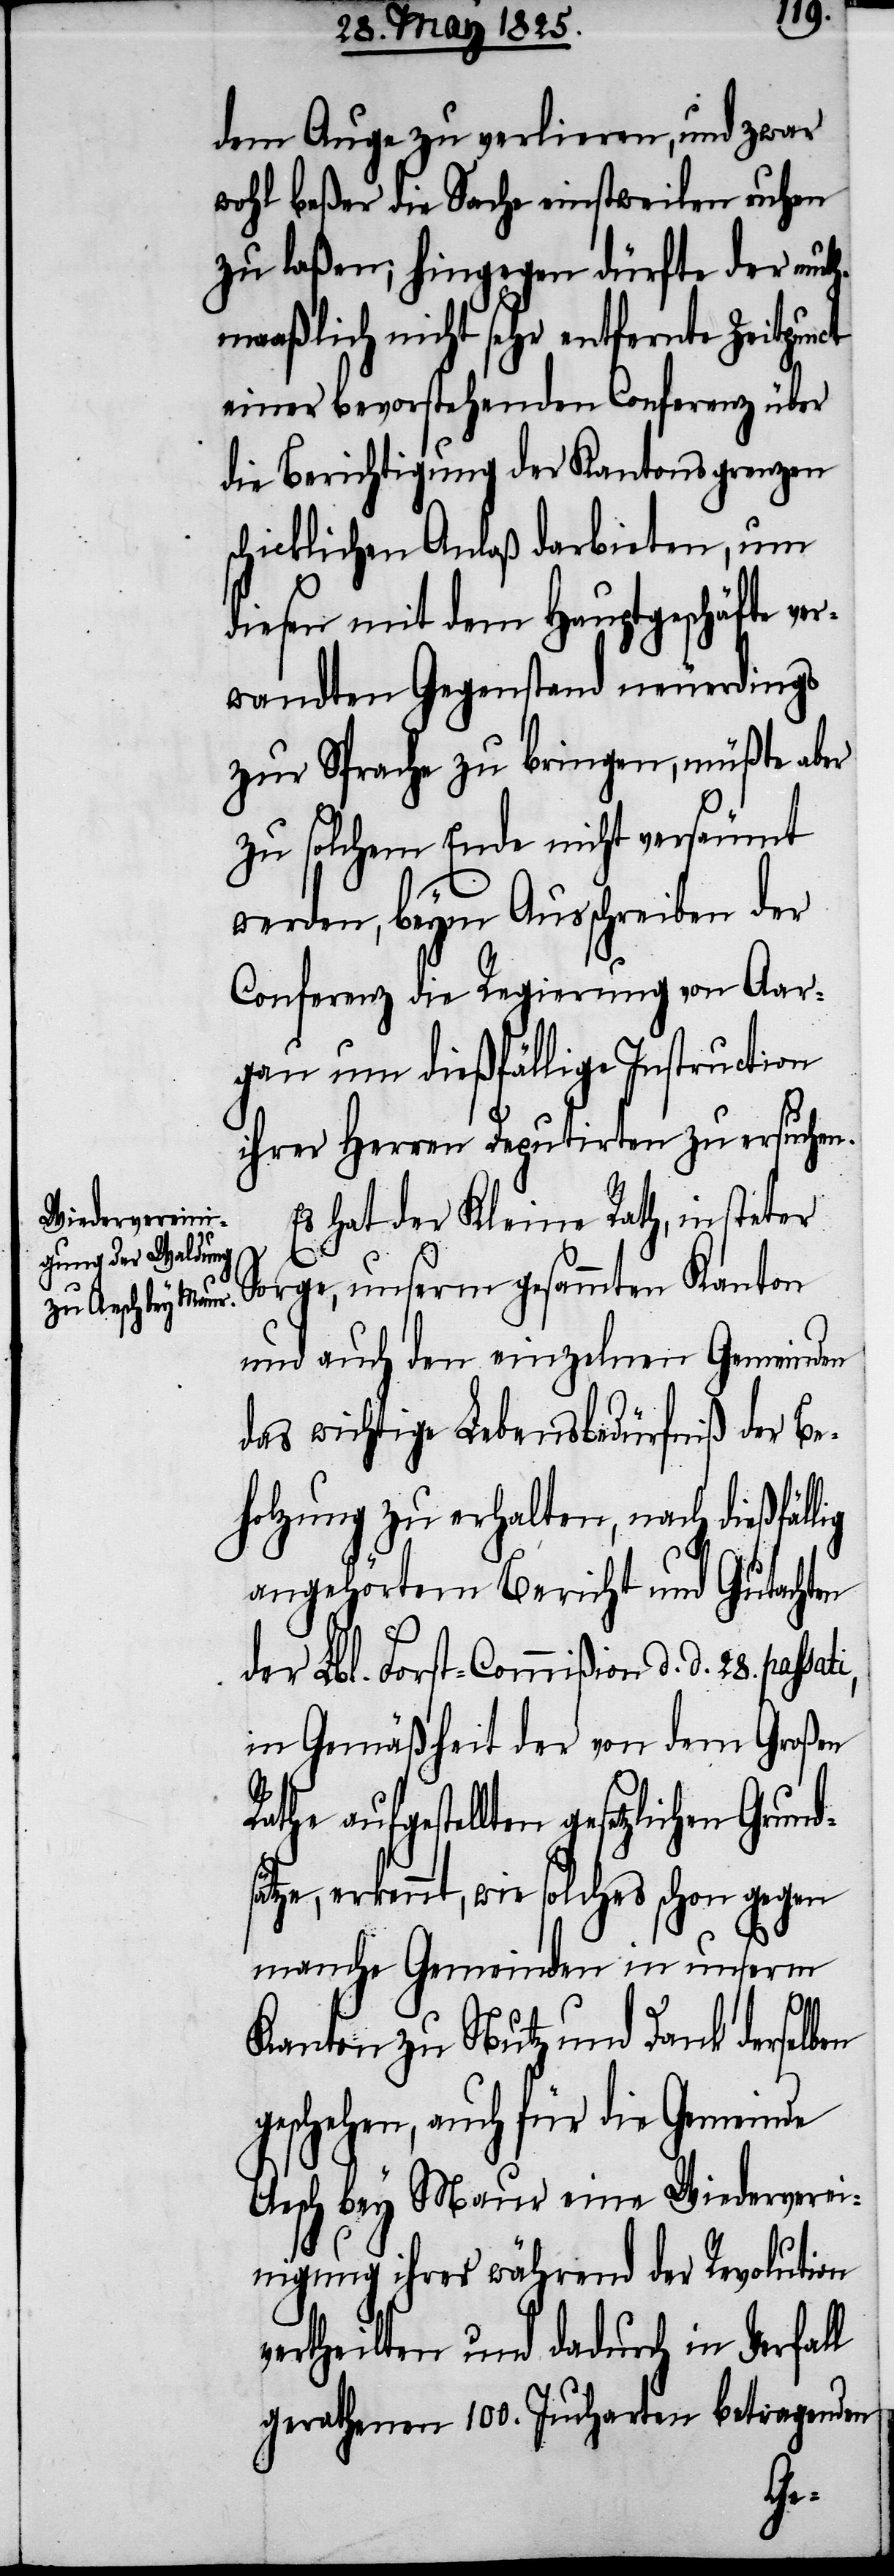
dem Auge zu verlieren, und zwar
wohl beßer die Sache einstweilen ruhen
zu laßen; hingegen dürfte der muth¬
maaßlich nicht sehr entfernte Zeitpunct
einer bevorstehenden Conferenz über
die Berichtigung der Kantonsgrenzen
schicklichen Anlaß darbieten, um
diesen mit dem Hauptgeschäfte
wandten Gegenstand neuerdings
zur Sprache zu bringen, müßte aber
zu solchem Ende nicht versäumt
werden, beym Ausschreiben der
Conferenz die Regierung von Aar¬
gau um dießfällige Instruction
ihrer Herren Deputirten zu ersuchen.
Es hat der Kleine Rath, in steter
Sorge, unserm gesammten Kanton
und auch den einzelnen Gemeinden
das wichtige Lebensbedürfniß der Be¬
holzung zu erhalten, nach dießfalls
angehörtem Bericht und Gutachten
der Lbl. Forst-Commißion d. d. 28. passa¬
in Gemäßheit der von dem Großen
aufgestellten gesetzlichen Grun¬
sätze, erkennt, wie solches schon gegen
manche Gemeinden in unserm
d¬
Kanton zu Nutz und Dank derselben
geschehen, auch für die Gemeinde
Aesch bey Maur eine Wiederverei¬
nigung ihrer während der Revolution
vertheilten und dadurch in Verfall
gerathenen 100. Jucharten betragenden
ver¬